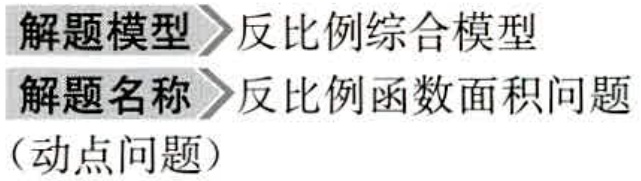
解题模型 \(\gg\) 反比例综合模型
解题名称 \(\gg\) 反比例函数面积问题
（动点问题）